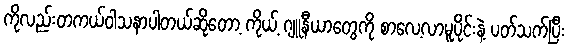
ကိုလည်းတကယ်ဝါသနာပါတယ်ဆိုတော့ ကိုယ့် ဂျူနီယာတွေကို စာလေ့လာမူပိုင်းနဲ့ ပတ်သက်ပြီး